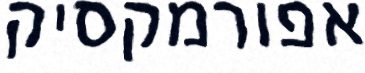
אפורמקסיק